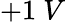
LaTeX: +1\ V